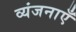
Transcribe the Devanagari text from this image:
व्यंजनाएँ